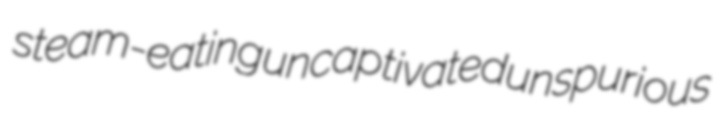
steam-eating uncaptivated unspurious